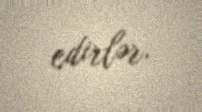
edirlər.